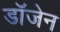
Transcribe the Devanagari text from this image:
डॉजेन